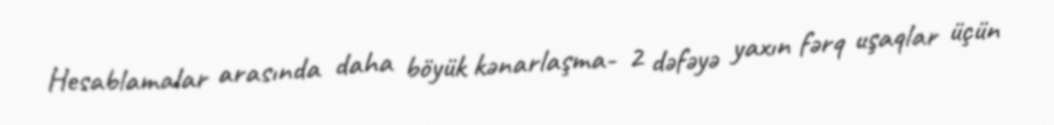
Hesablamalar arasında daha böyük kənarlaşma- 2 dəfəyə yaxın fərq uşaqlar üçün